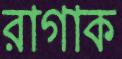
রাগাক